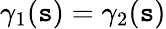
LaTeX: \gamma_{1}(\mathtt{s})=\gamma_{2}(\mathtt{s})